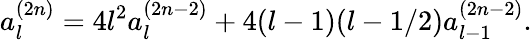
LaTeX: a_{l}^{(2n)}=4l^{2}a_{l}^{(2n-2)}+4(l-1)(l-1/2)a_{l-1}^{(2n-2)}.